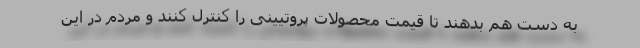
به دست هم بدهند تا قیمت محصولات پروتیینی را کنترل کنند و مردم در این